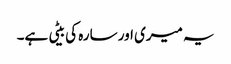
یہ میری اور سارہ کی بیٹی ہے۔